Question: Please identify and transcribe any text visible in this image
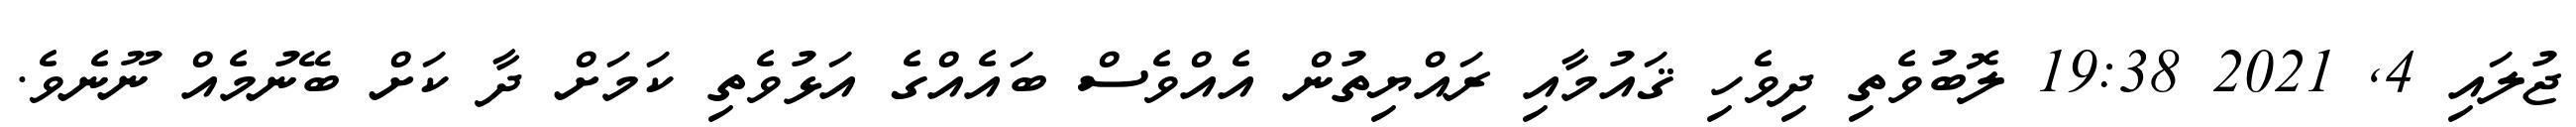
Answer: ޖުލައި 4, 2021 19:38 ލޮބުވެތި ދިވެހި ޤައުމާއި ރައްޔިތުން އެއްވެސް ބައެއްގެ އަޅުވެތި ކަމަށް ދާ ކަށް ބޭނުމެއް ނޫނެވެ.